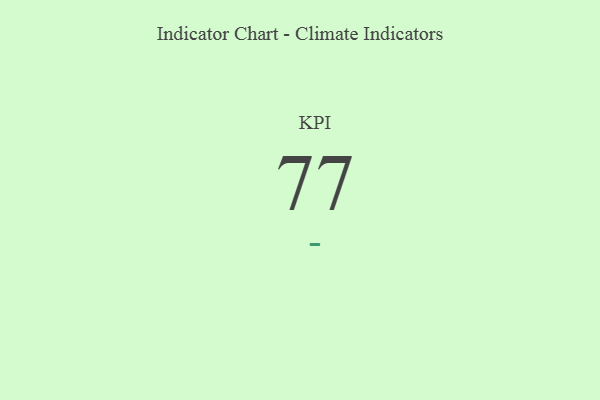
{"axis": {"x": "KPI", "y": "Value"}, "legend": [""], "data": [{"x": "KPI", "y": 77, "type": ""}]}